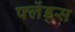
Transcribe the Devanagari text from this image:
फ्लेंड्स